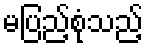
မပြည့်စုံသည့်